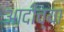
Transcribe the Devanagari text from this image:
आदीच्या